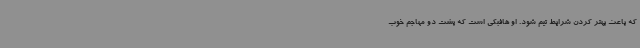
که باعث بهتر کردن شرایط تیم شود. او هافبکی است که پشت دو مهاجم خوب